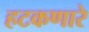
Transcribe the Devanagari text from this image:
हटकणारे